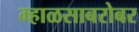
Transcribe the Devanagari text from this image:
म्हाळसाबरोबर